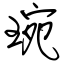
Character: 琬